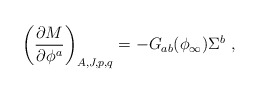
\begin{align*}\left( {\partial M \over \partial \phi^a}\right)_{A, J, p,q} = -G_{ab}(\phi_{\infty}) \Sigma ^b\ ,\end{align*}